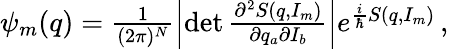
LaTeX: \begin{array}{r}{\psi_{m}(q)=\frac{1}{(2\pi)^{N}}\left|\operatorname*{det}\frac{\partial^{2}S(q,I_{m})}{\partial q_{a}\partial I_{b}}\right|e^{\frac{i}{\hbar}S(q,I_{m})}\, ,}\end{array}